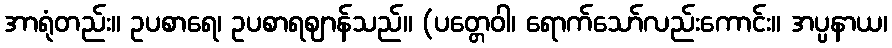
အာရုံတည်း။ ဥပစာရေ၊ ဥပစာရဈာန်သည်။ (ပတ္တေဝါ၊ ရောက်သော်လည်းကောင်း။ အပ္ပနာယ၊